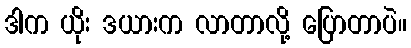
ဒါက ယိုး ဒယားက လာတာလို့ ပြောတာပဲ။